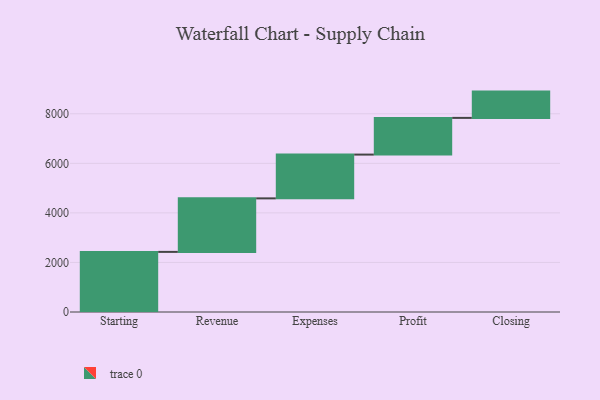
{"axis": {"x": "Step", "y": "Value"}, "legend": [""], "data": [{"x": "Starting", "y": 2426.0, "type": ""}, {"x": "Revenue", "y": 2160.0, "type": ""}, {"x": "Expenses", "y": 1767.0, "type": ""}, {"x": "Profit", "y": 1481.0, "type": ""}, {"x": "Closing", "y": 1061.0, "type": ""}]}